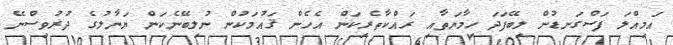
އަމިއްލަ ފަސްގަނޑުން ލިބޭފަދަ ހިމާޔަތާއި ރައްކާތެރިކަން އެހެން ޤައުމަކުން ނުލިބޭނެކަން ޔަނާލުގެ ދުރުވިސްނޭ